Annual report of the Punjab Veterinary College and of the Civil Veterinary Department, Punjab - 1894-1908
Year: 1894
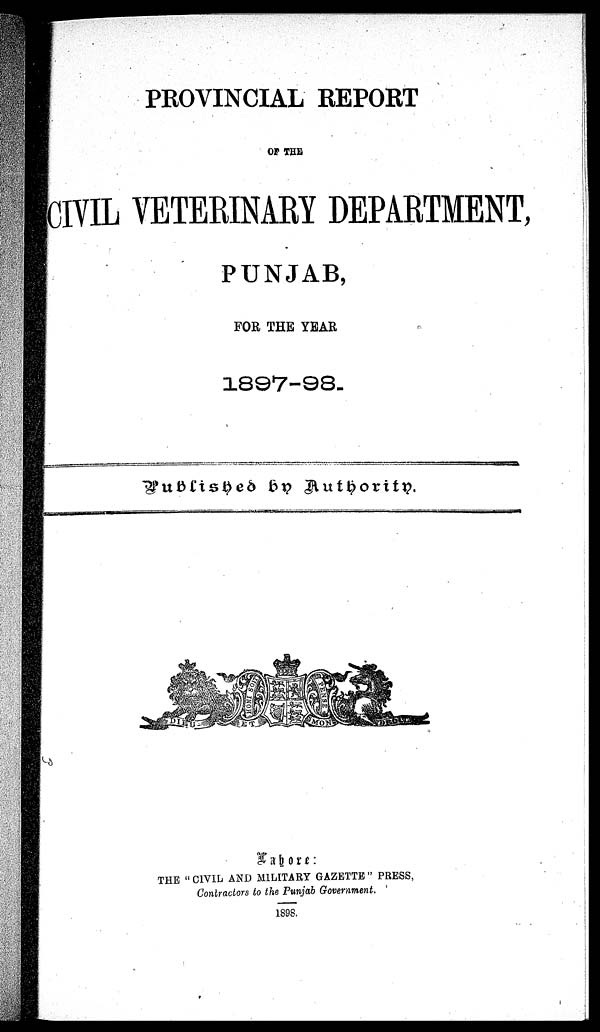
PROVINCIAL REPORT
OF THE
CIVIL VETERINARY DEPARTMENT,
PUNJAB,
FOR THE YEAR
1897-98.
Published by Authority.
Lahore:
THE "CIVIL AND MILITARY GAZETTE" PRESS,
Contractors to the Punjab Government.
1898.